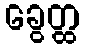
ခွေတ္ထ